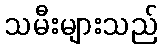
သမီးများသည်